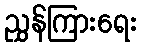
ညွှန်ကြားရေး